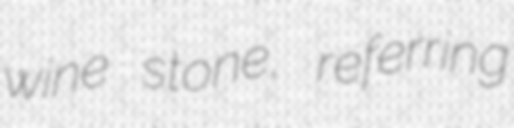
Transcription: wine stone, referring